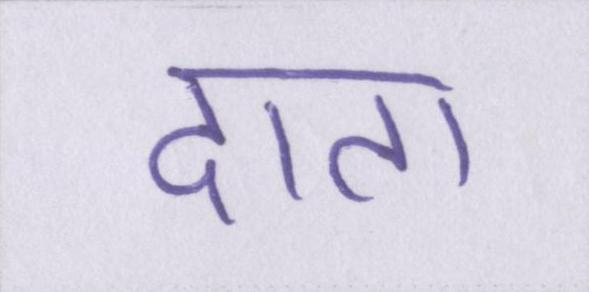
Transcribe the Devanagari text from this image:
दाता